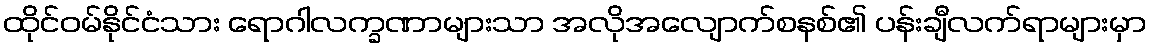
ထိုင်ဝမ်နိုင်ငံသား ရောဂါလက္ခဏာများသာ အလိုအလျောက်စနစ်၏ ပန်းချီလက်ရာများမှာ